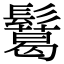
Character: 𩯝